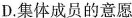
D.集体成员的意愿